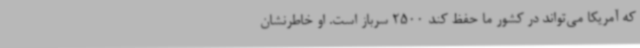
که آمریکا می‌تواند در کشور ما حفظ کند 2500 سرباز است. او خاطرنشان